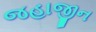
જહાજીન